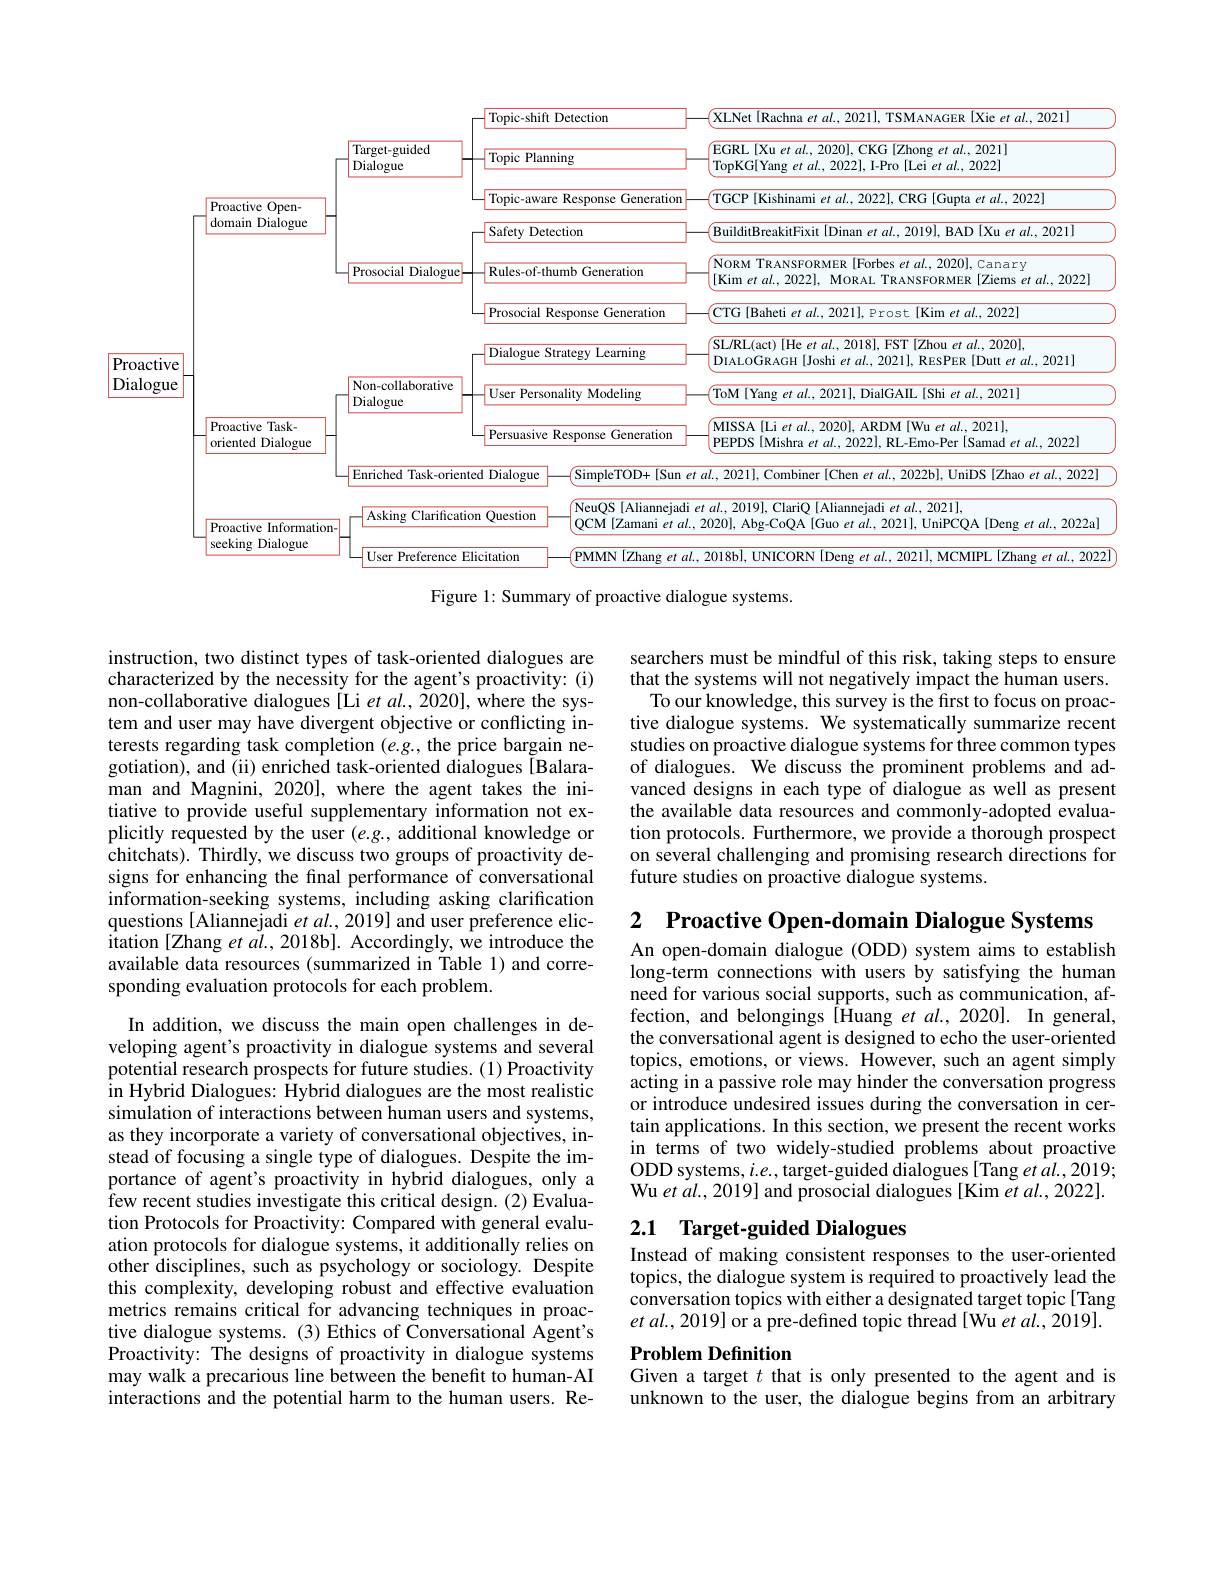
<FigureHere>
Figure 1: Summary of proactive dialogue systems.

instruction, two distinct types of task-oriented dialogues are characterized by the necessity for the agent's proactivity: (i) non-collaborative dialogues [Li et al., 2020], where the system and user may have divergent objective or conflicting interests regarding task completion $(e.g.$, the price bargain negotiation), and (ii) enriched task-oriented dialogues [Balaraman and Magnini, 2020], where the agent takes the initiative to provide useful supplementary information not explicitly requested by the user (e.g., additional knowledge or chitchats). Thirdly, we discuss two groups of proactivity designs for enhancing the final performance of conversational information-seeking systems, including asking clarification questions [Aliannejadi $et\textit{al. , 2019] and user preference elic- }$ $\bar{\text{itation [Zhang et al., 2018b]. Accordingly, we introduce the}}$ available data resources (summarized in Table 1) and corresponding evaluation protocols for each problem.

In addition, we discuss the main open challenges in developing agent's proactivity in dialogue systems and several potential research prospects for future studies. (1) Proactivity in Hybrid Dialogues: Hybrid dialogues are the most realistic simulation of interactions between human users and systems, as they incorporate a variety of conversational objectives, instead of focusing a single type of dialogues. Despite the importance of agent's proactivity in hybrid dialogues, only a few recent studies investigate this critical design. (2) Evaluation Protocols for Proactivity: Compared with general evaluation protocols for dialogue systems, it additionally relies on other $^{\mathrm{~disciplines,~such~as~psychology~or~sociology.~Despite}}$ this complexity, developing robust and effective evaluation metrics remains critical for advancing techniques in proactive dialogue systems. (3) Ethics of Conversational Agent's Proactivity: The designs of proactivity in dialogue systems may walk a precarious line between the benefit to human-AI interactions and the potential harm to the human users. Re-

searchers must be mindful of this risk, taking steps to ensure that the systems will not negatively impact the human users.
To our knowledge, this survey is the first to focus on proactive dialogue systems. We systematically summarize recent studies on proactive dialogue systems for three common types of dialogues. We discuss the prominent problems and advanced designs in each type of dialogue as well as present the available data resources and commonly-adopted evaluation protocols. Furthermore, we provide a thorough prospect on several challenging and promising research directions for future studies on proactive dialogue systems.

2 Proactive Open-domain Dialogue Systems

An open-domain dialogue (ODD) system aims to establish long-term connections with users by satisfying the human need for various social supports, such as communication, affection, and belongings [Huang et $al.,2020].$ In general, the conversational agent is designed to echo the user-oriented topics, emotions, or views. However, such an agent simply acting in a passive role may hinder the conversation progress or introduce undesired issues during the conversation in certain applications. In this section, we present the recent works in terms of two widely-studied problems about proactive ODD systems, $i.e.$, target-guided dialogues[Tang et al., 2019; Wu et al., 2019] and prosocial dialogues [Kim et al., 2022].

## 2.1 Target-guided Dialogues Instead of making consistent responses to the user-oriented

topics, the dialogue system is required to proactively lead the conversation topics with either a designated target topic[Tang $etal.,2019]$ or a pre-defined topic thread[Wu et al., 2019].

## Problem Definition
Given a target $t$ that is only presented to the agent and is

unknown to the user, the dialogue begins from an arbitrary